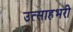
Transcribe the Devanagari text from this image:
उत्साहभरी